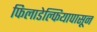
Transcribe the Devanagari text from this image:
फिलाडेल्फियापासून